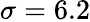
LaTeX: \sigma=6.2